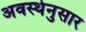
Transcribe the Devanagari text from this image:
अवस्थेनुसार